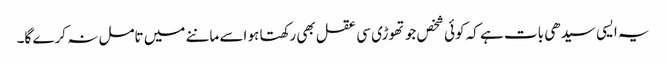
یہ ایسی سیدھی بات ہے کہ کوئی شخص جو تھوڑی سی عقل بھی رکھتا ہو اسے ماننے میں تامل نہ کرے گا۔